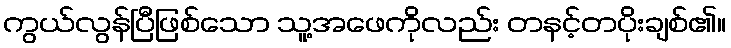
ကွယ်လွန်ပြီဖြစ်သော သူ့အဖေကိုလည်း တနင့်တပိုးချစ်၏။